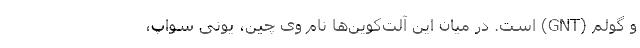
و گولِم (GNT) است. در میان این آلت‌کوین‌ها نام وی چین، یونی سواپ،